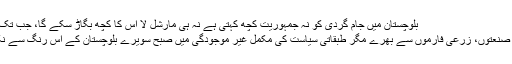
بلوچستان میں جام گردی کو نہ جمہوریت کچھ کہتی ہے نہ ہی مارشل لا اس کا کچھ بگاڑ سکے گا، جب تک کہ …………
ہم پان کی یلغار، صنعتوں، زرعی فارموں سے بھرے مگر طبقاتی سیاست کی مکمل غیر موجودگی میں صبح سویرے بلوچستان کے اس رنگ سے نکل کھڑے ہوئے۔